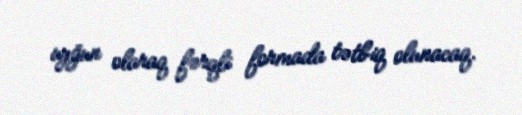
uyğun olaraq fərqli formada tətbiq olunacaq.